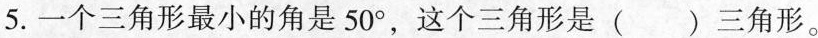
5. 一个三角形最小的角是50°，这个三角形是 ( ) 三角形。